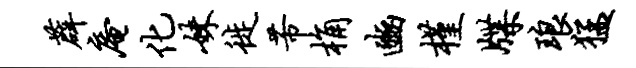
薜庵化妹徙芾桷豳槿牒琅猛